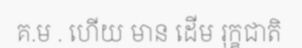
គ.ម . ហើយ មាន ដើម រុក្ខជាតិ